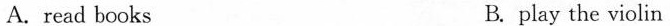
A. read books B. play the violin